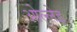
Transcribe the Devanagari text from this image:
ओल्लेइ